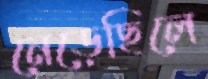
নেড়েছিলে